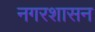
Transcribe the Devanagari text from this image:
नगरशासन